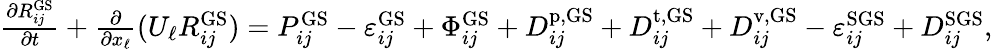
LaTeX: \begin{array}{r}{\frac{\partial R_{ij}^{\mathrm{GS}}}{\partial t}+\frac{\partial}{\partial x_{\ell}}(U_{\ell}R_{ij}^{\mathrm{GS}})=P_{ij}^{\mathrm{GS}}-\varepsilon_{ij}^{\mathrm{GS}}+\Phi_{ij}^{\mathrm{GS}}+D_{ij}^{\mathrm{p,GS}}+D_{ij}^{\mathrm{t,GS}}+D_{ij}^{\mathrm{v,GS}}-\varepsilon_{ij}^{\mathrm{SGS}}+D_{ij}^{\mathrm{SGS}},}\end{array}